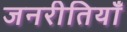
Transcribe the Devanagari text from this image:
जनरीतियाँ